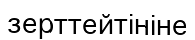
зерттейтініне